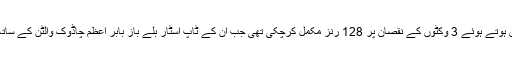
15 اوورز کے اختتام پر کراچی کنگ اپنے ہدف کی طرف گامزن ہوتے ہوئے 3 وکٹوں کے نقصان پر 128 رنز مکمل کرچکی تھی جب ان کے ٹاپ اسٹار بلے باز بابر اعظم چاڈوک والٹن کے ساتھ کریز پرموجود اپنی دھواں دھار بیٹنگ سے رنز اگل رہے تھے۔